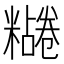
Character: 𫃔